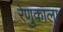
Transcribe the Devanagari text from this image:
रेणुकाला